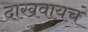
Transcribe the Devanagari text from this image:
दाखवायचं